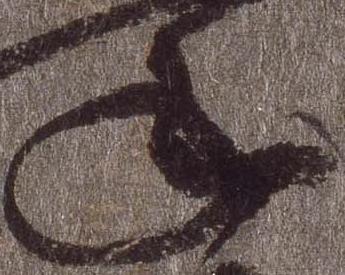
年